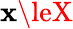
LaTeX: \mathbf{x}\leX